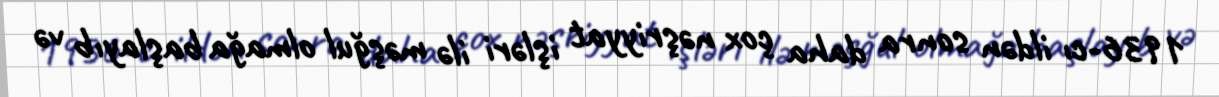
1936-cı ildən sonra daha çox nəşriyyat işləri ilə məşğul olmağa başlayıb və